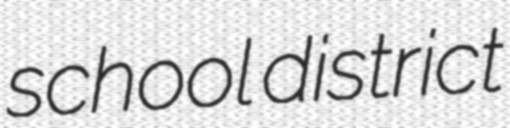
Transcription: school district